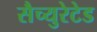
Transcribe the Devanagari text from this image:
सैच्युरेटेड